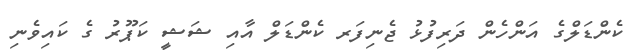
ކެންޑަލްގެ އަންހެން ދަރިފުޅު ޖެނިފަރ ކެންޑަލް އާއި ޝަޝީ ކަޕޫރު ގެ ކައިވެނި